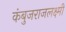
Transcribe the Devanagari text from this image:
कंबुजराजलक्ष्मी